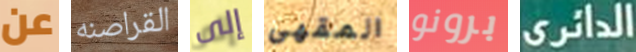
عن القراصنه إلى المقهى برونو الدائري